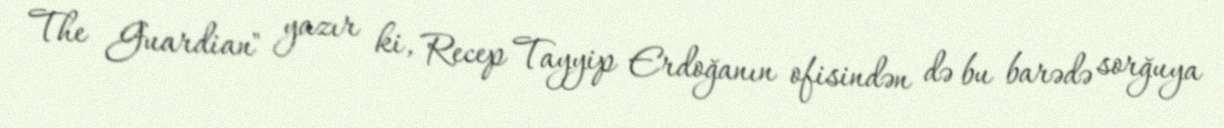
The Guardian" yazır ki, Recep Tayyip Erdoğanın ofisindən də bu barədə sorğuya